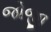
જોજી